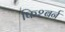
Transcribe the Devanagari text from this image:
फिश्बर्न